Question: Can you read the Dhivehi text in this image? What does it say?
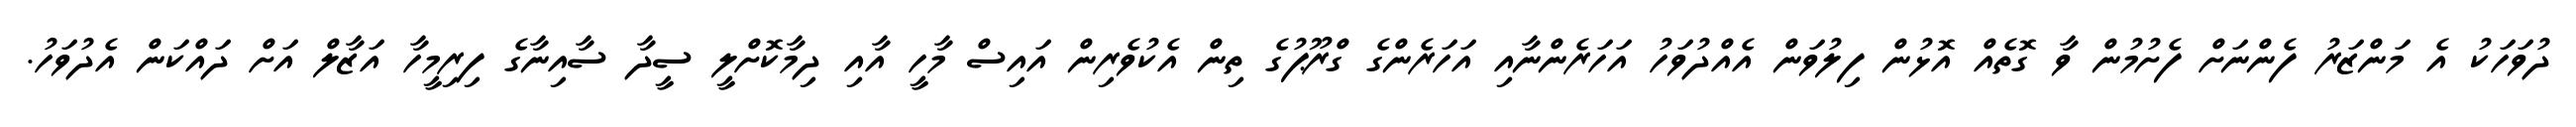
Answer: ދުވަހަކު އެ މަންޒަރު ފެންނަށް ފެށުމުން ވާ ގޮތެއް އޮޅުން ފިލުވަން އެއްދުވަހު އަހަރެންނާއި އަހަރެންގެ ގްރޫޕުގެ ތިން އެކުވެރިން އައިސް މާހީ އާއި ދިމާކޮށްލީ ސީދާ ސާއިނާގެ ފިރިމީހާ އަޒާލް އަށް ދައްކަން އެދުވަހު.